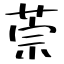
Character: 萗